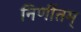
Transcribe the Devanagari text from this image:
निर्णीतम्